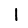
Digit: 1